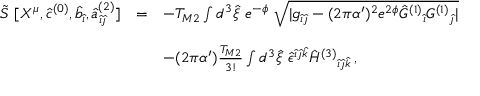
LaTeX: \begin{array} { r c l } { { \tilde { S } \ [ X ^ { \mu } , \hat { c } ^ { ( 0 ) } , \hat { b } _ { \hat { \imath } } , { \hat { a } } _ { \hat { \imath } \hat { \jmath } } ^ { ( 2 ) } ] } } & { { = } } & { { - T _ { M 2 } \int d ^ { 3 } \hat { \xi } \ e ^ { - \phi } \ \sqrt { | g _ { \hat { \imath } \hat { \jmath } } - ( 2 \pi \alpha ^ { \prime } ) ^ { 2 } e ^ { 2 \phi } \hat { \cal G } ^ { ( 1 ) } { } _ { \hat { \imath } } { \cal G } ^ { ( 1 ) } { } _ { \hat { \jmath } } | } } } \\ { { } } & { { } } & { { } } \\ { { } } & { { } } & { { - ( 2 \pi \alpha ^ { \prime } ) \frac { T _ { M 2 } } { 3 ! } \int d ^ { 3 } \hat { \xi } \ \hat { \epsilon } ^ { \hat { \imath } \hat { \jmath } \hat { k } } \hat { \cal H } ^ { ( 3 ) } { } _ { \hat { \imath } \hat { \jmath } \hat { k } } \, , } } \end{array}